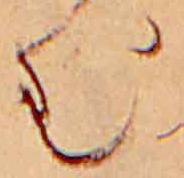
む